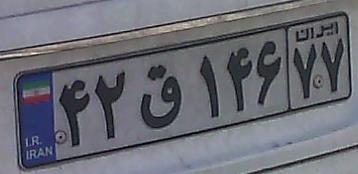
۴۲ق۱۴۶۷۷